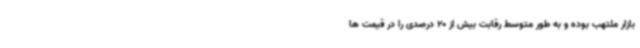
بازار ملتهب بوده و به طور متوسط رقابت بیش از 20 درصدی را در قیمت ها